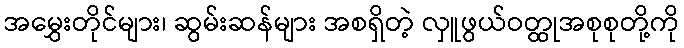
အမွှေးတိုင်များ၊ ဆွမ်းဆန်များ အစရှိတဲ့ လှူဖွယ်ဝတ္ထုအစုစုတို့ကို